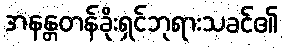
အနန္တတန်ခိုးရှင်ဘုရားသခင်၏